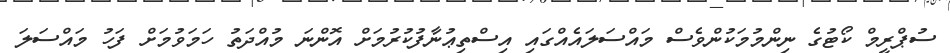
ސުޕްރީމް ކޯޓުގެ ނިންމުމަކުންވެސް މައްސަލައެއްގައި އިސްތިޢުނާފުކުރުމަށް އޮންނަ މުއްދަތު ހަމަވުމަށް ފަހު މައްސަލަ